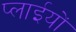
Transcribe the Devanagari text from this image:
प्लाईयों